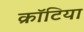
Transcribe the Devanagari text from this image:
क्रॉटिया